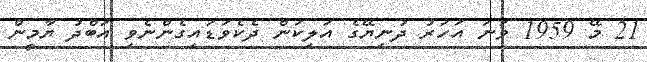
21 މޭ 1959 ވަނަ އަހަރު ދުނިޔޭގެ އަލިކަން ދެކެވަޑައިގެންނެވި އަބްދު ޔާމީން